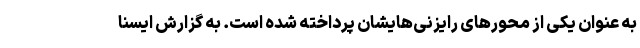
به عنوان یکی از محورهای رایزنی‌هایشان پرداخته شده است. به گزارش ایسنا